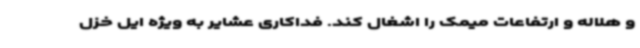
و هلاله و ارتفاعات میمک را اشغال کند. فداکاری عشایر به ویژه ایل خزل